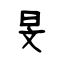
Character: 旻